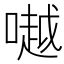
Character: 𠾲